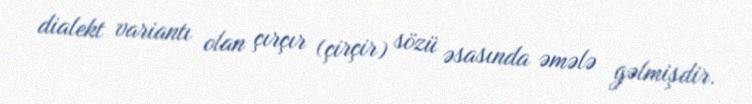
dialekt variantı olan çırçır (çirçir) sözü əsasında əmələ gəlmişdir.